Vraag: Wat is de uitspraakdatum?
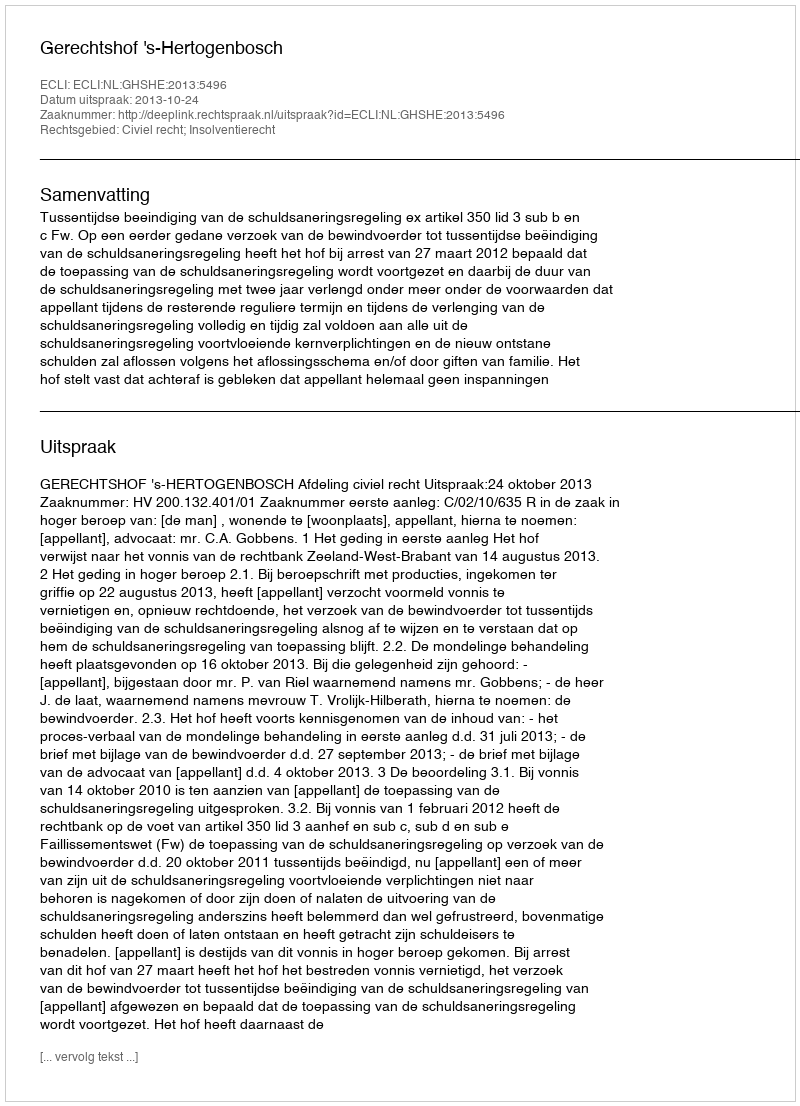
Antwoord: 2013-10-24